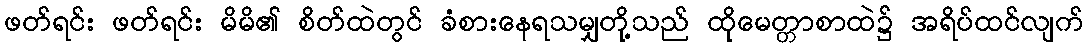
ဖတ်ရင်း ဖတ်ရင်း မိမိ၏ စိတ်ထဲတွင် ခံစားနေရသမျှတို့သည် ထိုမေတ္တာစာထဲ၌ အရိပ်ထင်လျက်